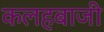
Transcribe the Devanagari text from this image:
कलहबाजी